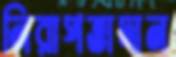
নিরাপত্তাদান